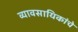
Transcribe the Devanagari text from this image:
व्यावसायिकांचे